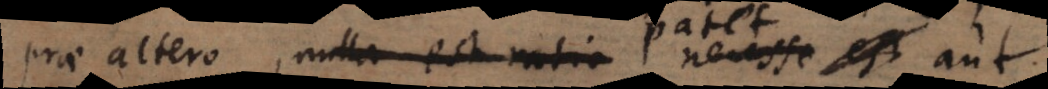
prae altero, nulla est ratio necesse est patet